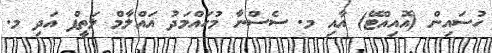
ހުސައިން (އޮއިއްޓޭ) އާއި މ. ސެސްނާ މުހައްމަދު އައްލާމް ލަތީފް އަދި މ.